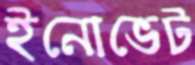
ইনোভেট